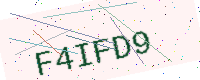
Text: F4IFD9